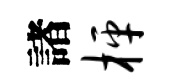
諸枰